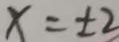
x = \pm 2